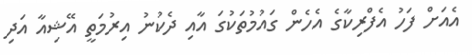
އެއަށް ފަހު އެފްރިކާގެ އެހެން ގައުމުތަކުގަ އާއި ދެކުނު އިރުމަތީ އޭޝިއާ އަދި